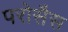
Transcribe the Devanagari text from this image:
परोसैस